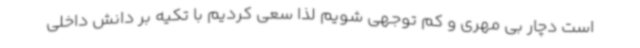
است دچار بی مهری و کم توجهی شویم لذا سعی کردیم با تکیه بر دانش داخلی